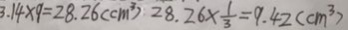
3 . 1 4 \times 9 = 2 8 . 2 6 ( c m ^ { 3 } ) 2 8 . 2 6 \times \frac { 1 } { 3 } = 9 . 4 2 ( c m ^ { 3 } )